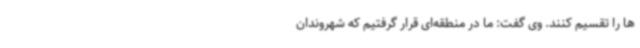
ها را تقسیم کنند. وی گفت: ما در منطقه‌ای قرار گرفتیم که شهروندان